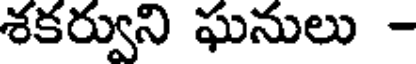
శకర్వుని ఘనులు -